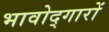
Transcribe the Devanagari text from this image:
भावोद्गारों